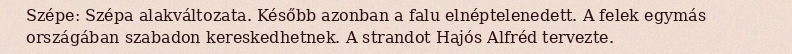
Szépe: Szépa alakváltozata. Később azonban a falu elnéptelenedett. A felek egymás országában szabadon kereskedhetnek. A strandot Hajós Alfréd tervezte.